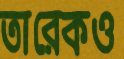
তারেকও